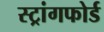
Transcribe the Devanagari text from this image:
स्ट्रांगफोर्ड